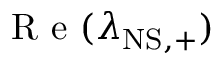
\mathrm { ~ R ~ e ~ } ( \lambda _ { \mathrm { N S , + } } )